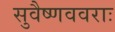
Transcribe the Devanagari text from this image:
सुवैष्णववराः